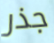
جذر